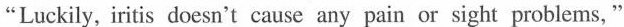
"Luckily, iritis doesn't cause any pain or sight problems,"